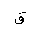
Letter: _qaf